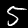
Digit: 5